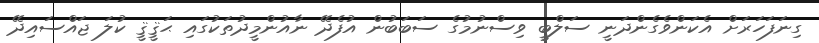
ގިނަފަހަރަށް އެކަންވެގެންދަނީ ސަލްބީ ވިސްނުމުގެ ސަބަބުން އުފެދޭ ނާއުންމީދުތަކުގައި ޙަޤީޤީ ކުލަ ޖައްސައިދޭ